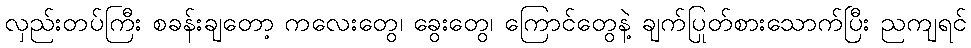
လှည်းတပ်ကြီး စခန်းချတော့ ကလေးတွေ၊ ခွေးတွေ၊ ကြောင်တွေနဲ့ ချက်ပြုတ်စားသောက်ပြီး ညကျရင်